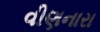
વીણનારા